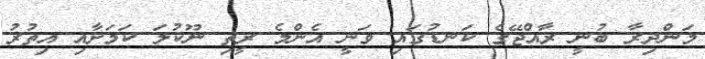
މަންދިރާ ބުނީ ރާއްޖޭގެ ކަނޑުގައި ވަނީ އެންމެ ރީތި ނޫކުލަ ކަމަށާއި އިތުރު